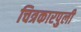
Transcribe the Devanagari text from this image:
चित्रकारपुली